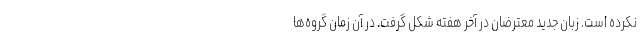
نکرده است. زبان جدید معترضان در آخر هفته شکل گرفت. در آن زمان گروه‌ها